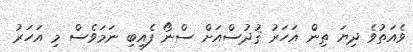
ވެއަތުވެ ދިޔަ ތިން އަހަރު ޤުދުސްއަށް ސްނޯ ފެއިބި ނަމަވެސް މި އަހަރު